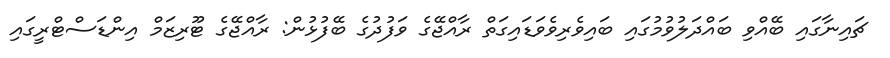
ޗައިނާގައި ބޭއްވި ބައްދަލުވުމުގައި ބައިވެރިވެވަޑައިގަތް ރާއްޖޭގެ ވަފުދުގެ ބޭފުޅުން: ރާއްޖޭގެ ޓޫރިޒަމް އިންޑަސްޓްރީގައި